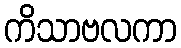
ကိသာဗလကာ